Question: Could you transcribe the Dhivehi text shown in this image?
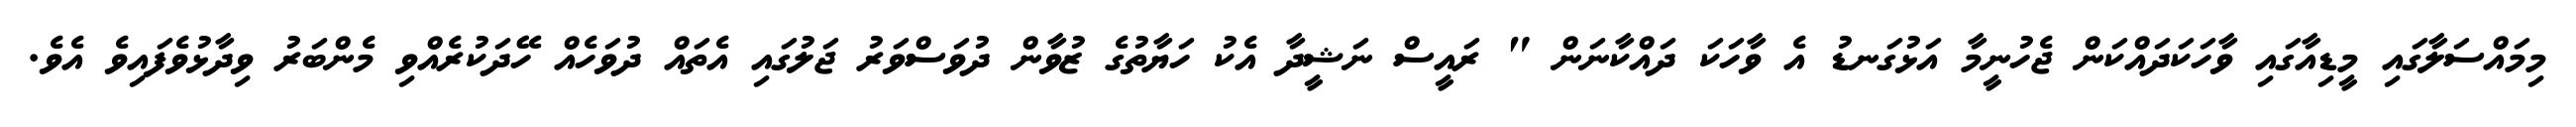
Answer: މިމައްސަލާގައި މީޑިއާގައި ވާހަކަދައްކަން ޖެހުނީމާ އަޅުގަނޑު އެ ވާހަކަ ދައްކާނަން " ރައީސް ނަޝީދާ އެކު ހަޔާތުގެ ޒުވާން ދުވަސްވަރު ޖަލުގައި އެތައް ދުވަހެއް ހޭދަކުރެއްވި މެންބަރު ވިދާޅުވެފައިވެ އެވެ.